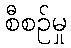
စီစဉ်မှု